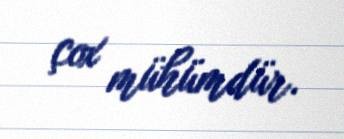
çox mühümdür.